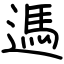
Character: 遤